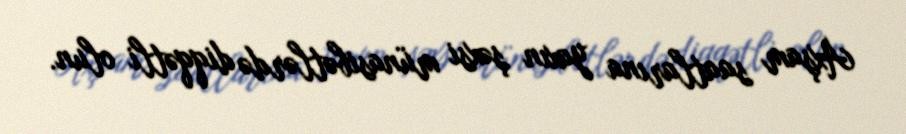
Axşam saatlarına yaxın şəxsi münasibətlərdə diqqətli olun.